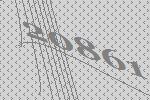
20861